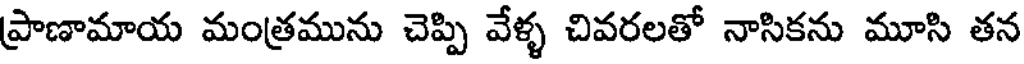
ప్రాణామాయ మంత్రమును చెప్పి వేళ్ళ చివరలతో నాసికను మూసి తన